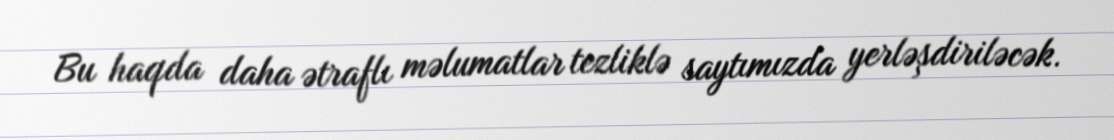
Bu haqda daha ətraflı məlumatlar tezliklə saytımızda yerləşdiriləcək.